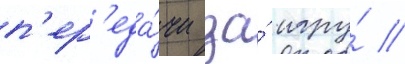
п'ер'еда́чи за́ игру́ //